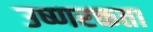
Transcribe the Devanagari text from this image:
उष्णरक्तता